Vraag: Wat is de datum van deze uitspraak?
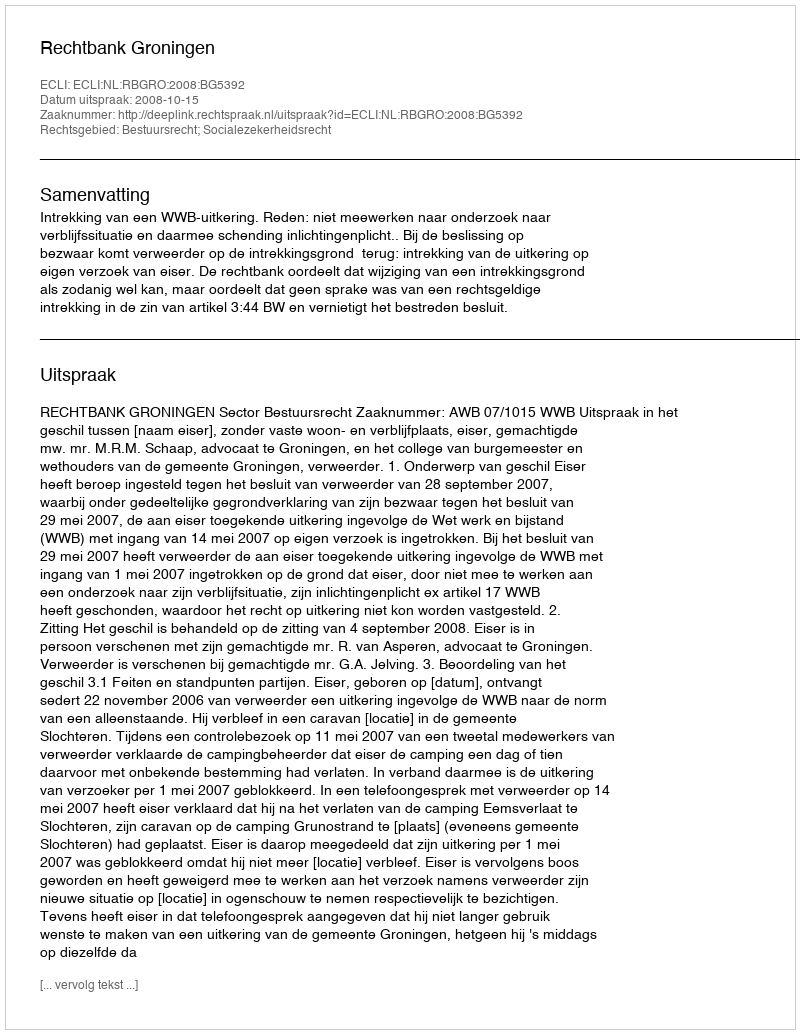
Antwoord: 2008-10-15